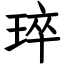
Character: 琗